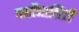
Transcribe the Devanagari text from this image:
पर्सोनालिटी